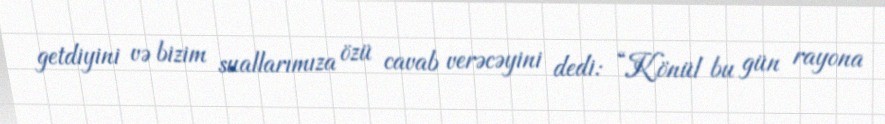
getdiyini və bizim suallarımıza özü cavab verəcəyini dedi: “Könül bu gün rayona